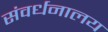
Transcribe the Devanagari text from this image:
संवर्धनालय